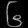
Digit: ၆